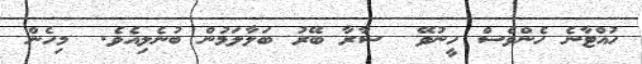
ހުއްޓާނެ ހެންވެސް ހީނުވޭ  ސާރާ ބޭރު ބަލާލަމުން ބުނެލިއެވެ.  މިހެން